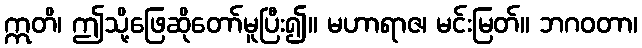
ဣတိ၊ ဤသို့ဖြေဆိုတော်မူပြီး၍။ မဟာရာဇ၊ မင်းမြတ်။ ဘဂဝတာ၊